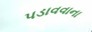
પડાવવાના